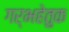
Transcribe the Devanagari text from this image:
गर्भहेतुक